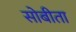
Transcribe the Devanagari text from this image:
सोबीता